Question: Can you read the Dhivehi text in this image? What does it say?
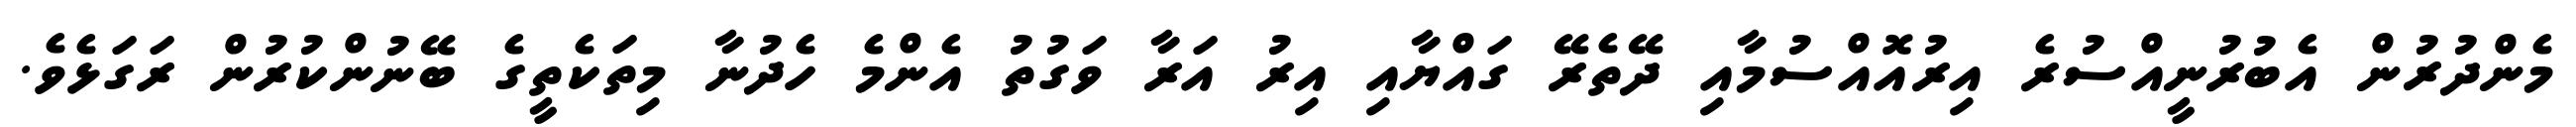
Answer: މެންދުރުން އެބުރުނީއްސުރެ އިރުއޮއްސުމާއި ދޭތެރޭ ގައްޔާއި އިރު އަރާ ވަގުތު އެންމެ ހެދުނާ މިތަކެތީގެ ބޭނުންކުރުން ރަގަޅެވެ.